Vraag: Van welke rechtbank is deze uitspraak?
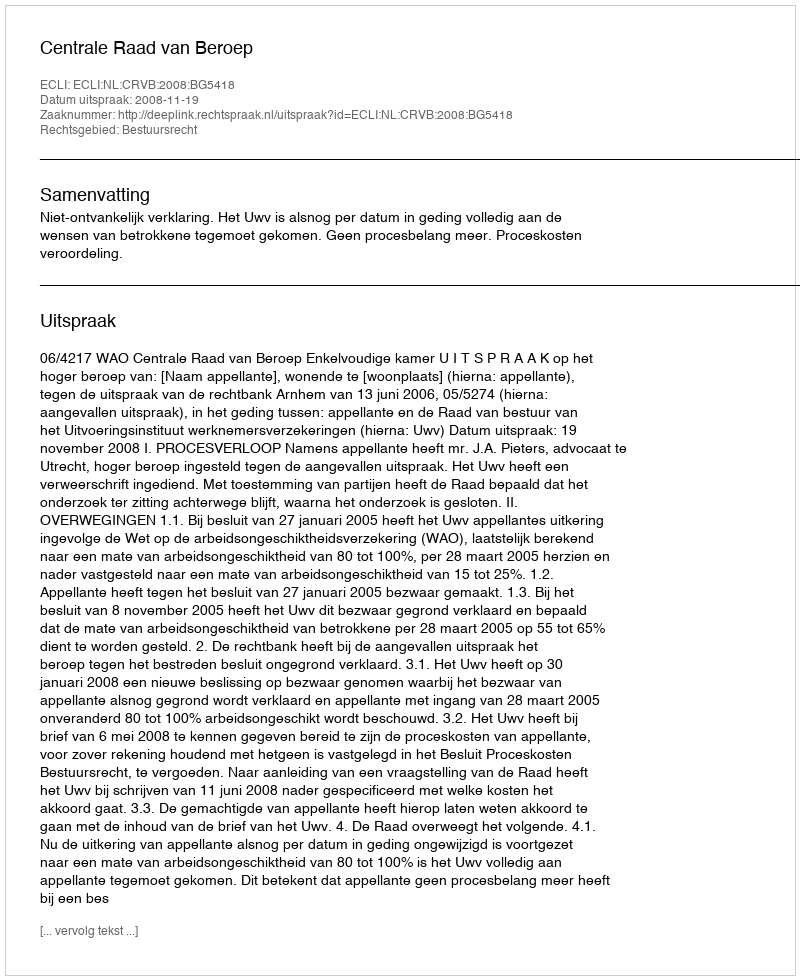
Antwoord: Centrale Raad van Beroep